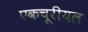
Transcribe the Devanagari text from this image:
एकचूरीयल